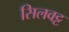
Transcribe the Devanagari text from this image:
सिलवट्ट